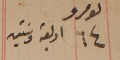
نمرو ٦٤ اربعة وستين